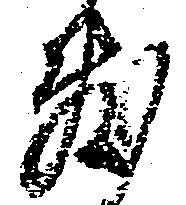
敷